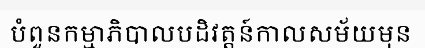
បំពួនកម្មាភិបាលបដិវត្តន៍កាលសម័យមុន